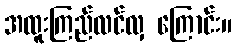
အထူးကြည်လင်လှ ကြောင်း။